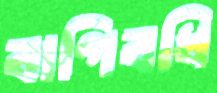
বাগিবধি